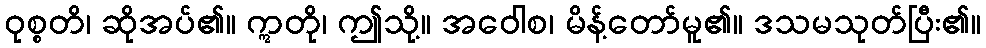
ဝုစ္စတိ၊ ဆိုအပ်၏။ ဣတို၊ ဤသို့။ အဝေါစ၊ မိန့်တော်မူ၏။ ဒသမသုတ်ပြီး၏။